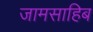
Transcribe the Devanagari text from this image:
जामसाहिब